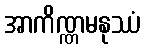
အာကိဏ္ဏမနုဿံ